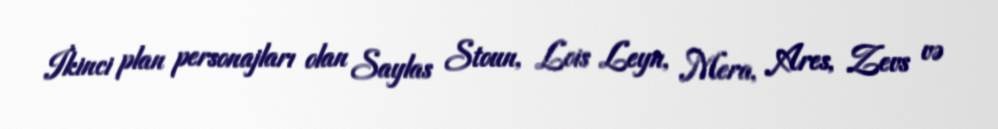
İkinci plan personajları olan Saylas Stoun, Lois Leyn, Mera, Ares, Zevs və